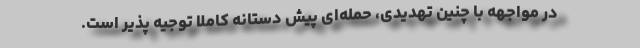
در مواجهه با چنین تهدیدی، حمله‌ای پیش دستانه کاملا توجیه پذیر است.